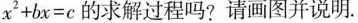
$$x ^ { 2 } + b x = c$$的求解过程吗?请画图并说明。